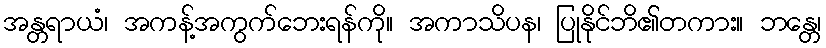
အန္တရာယံ၊ အကန့်အကွက်ဘေးရန်ကို။ အကာသိပန၊ ပြုနိုင်ဘိ၏တကား။ ဘန္တေ၊